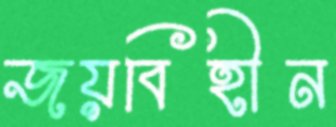
জয়বিহীন